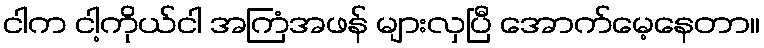
ငါက ငါ့ကိုယ်ငါ အကြံအဖန် များလှပြီ အောက်မေ့နေတာ။